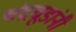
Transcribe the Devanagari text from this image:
चंद्रचूडांनी